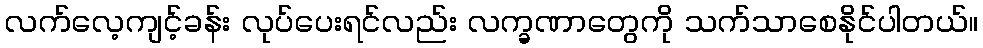
လက်လေ့ကျင့်ခန်း လုပ်ပေးရင်လည်း လက္ခဏာတွေကို သက်သာစေနိုင်ပါတယ်။